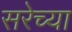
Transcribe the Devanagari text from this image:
सरेच्या